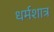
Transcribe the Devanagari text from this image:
धर्मशात्र